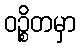
ဝဉ္စိတမှာ